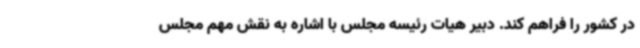
در کشور را فراهم کند. دبیر هیات رئیسه مجلس با اشاره به نقش مهم مجلس